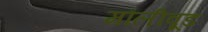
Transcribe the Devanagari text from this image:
मौलीवूड